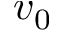
v _ { 0 }